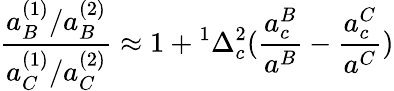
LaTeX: {\frac{{a_{B}^{(1)}/a_{B}^{(2)}}}{{a_{C}^{(1)}/a_{C}^{(2)}}}}\approx{1+{^{1}\Delta_{c}^{2}}({{\frac{a_{c}^{B}}{a^{B}}}-{\frac{a_{c}^{C}}{{a^{C}}}})}}